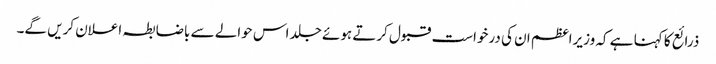
ذرائع کا کہنا ہے کہ وزیراعظم ان کی درخواست قبول کرتے ہوئے جلد اس حوالے سے باضابطہ اعلان کریں گے۔